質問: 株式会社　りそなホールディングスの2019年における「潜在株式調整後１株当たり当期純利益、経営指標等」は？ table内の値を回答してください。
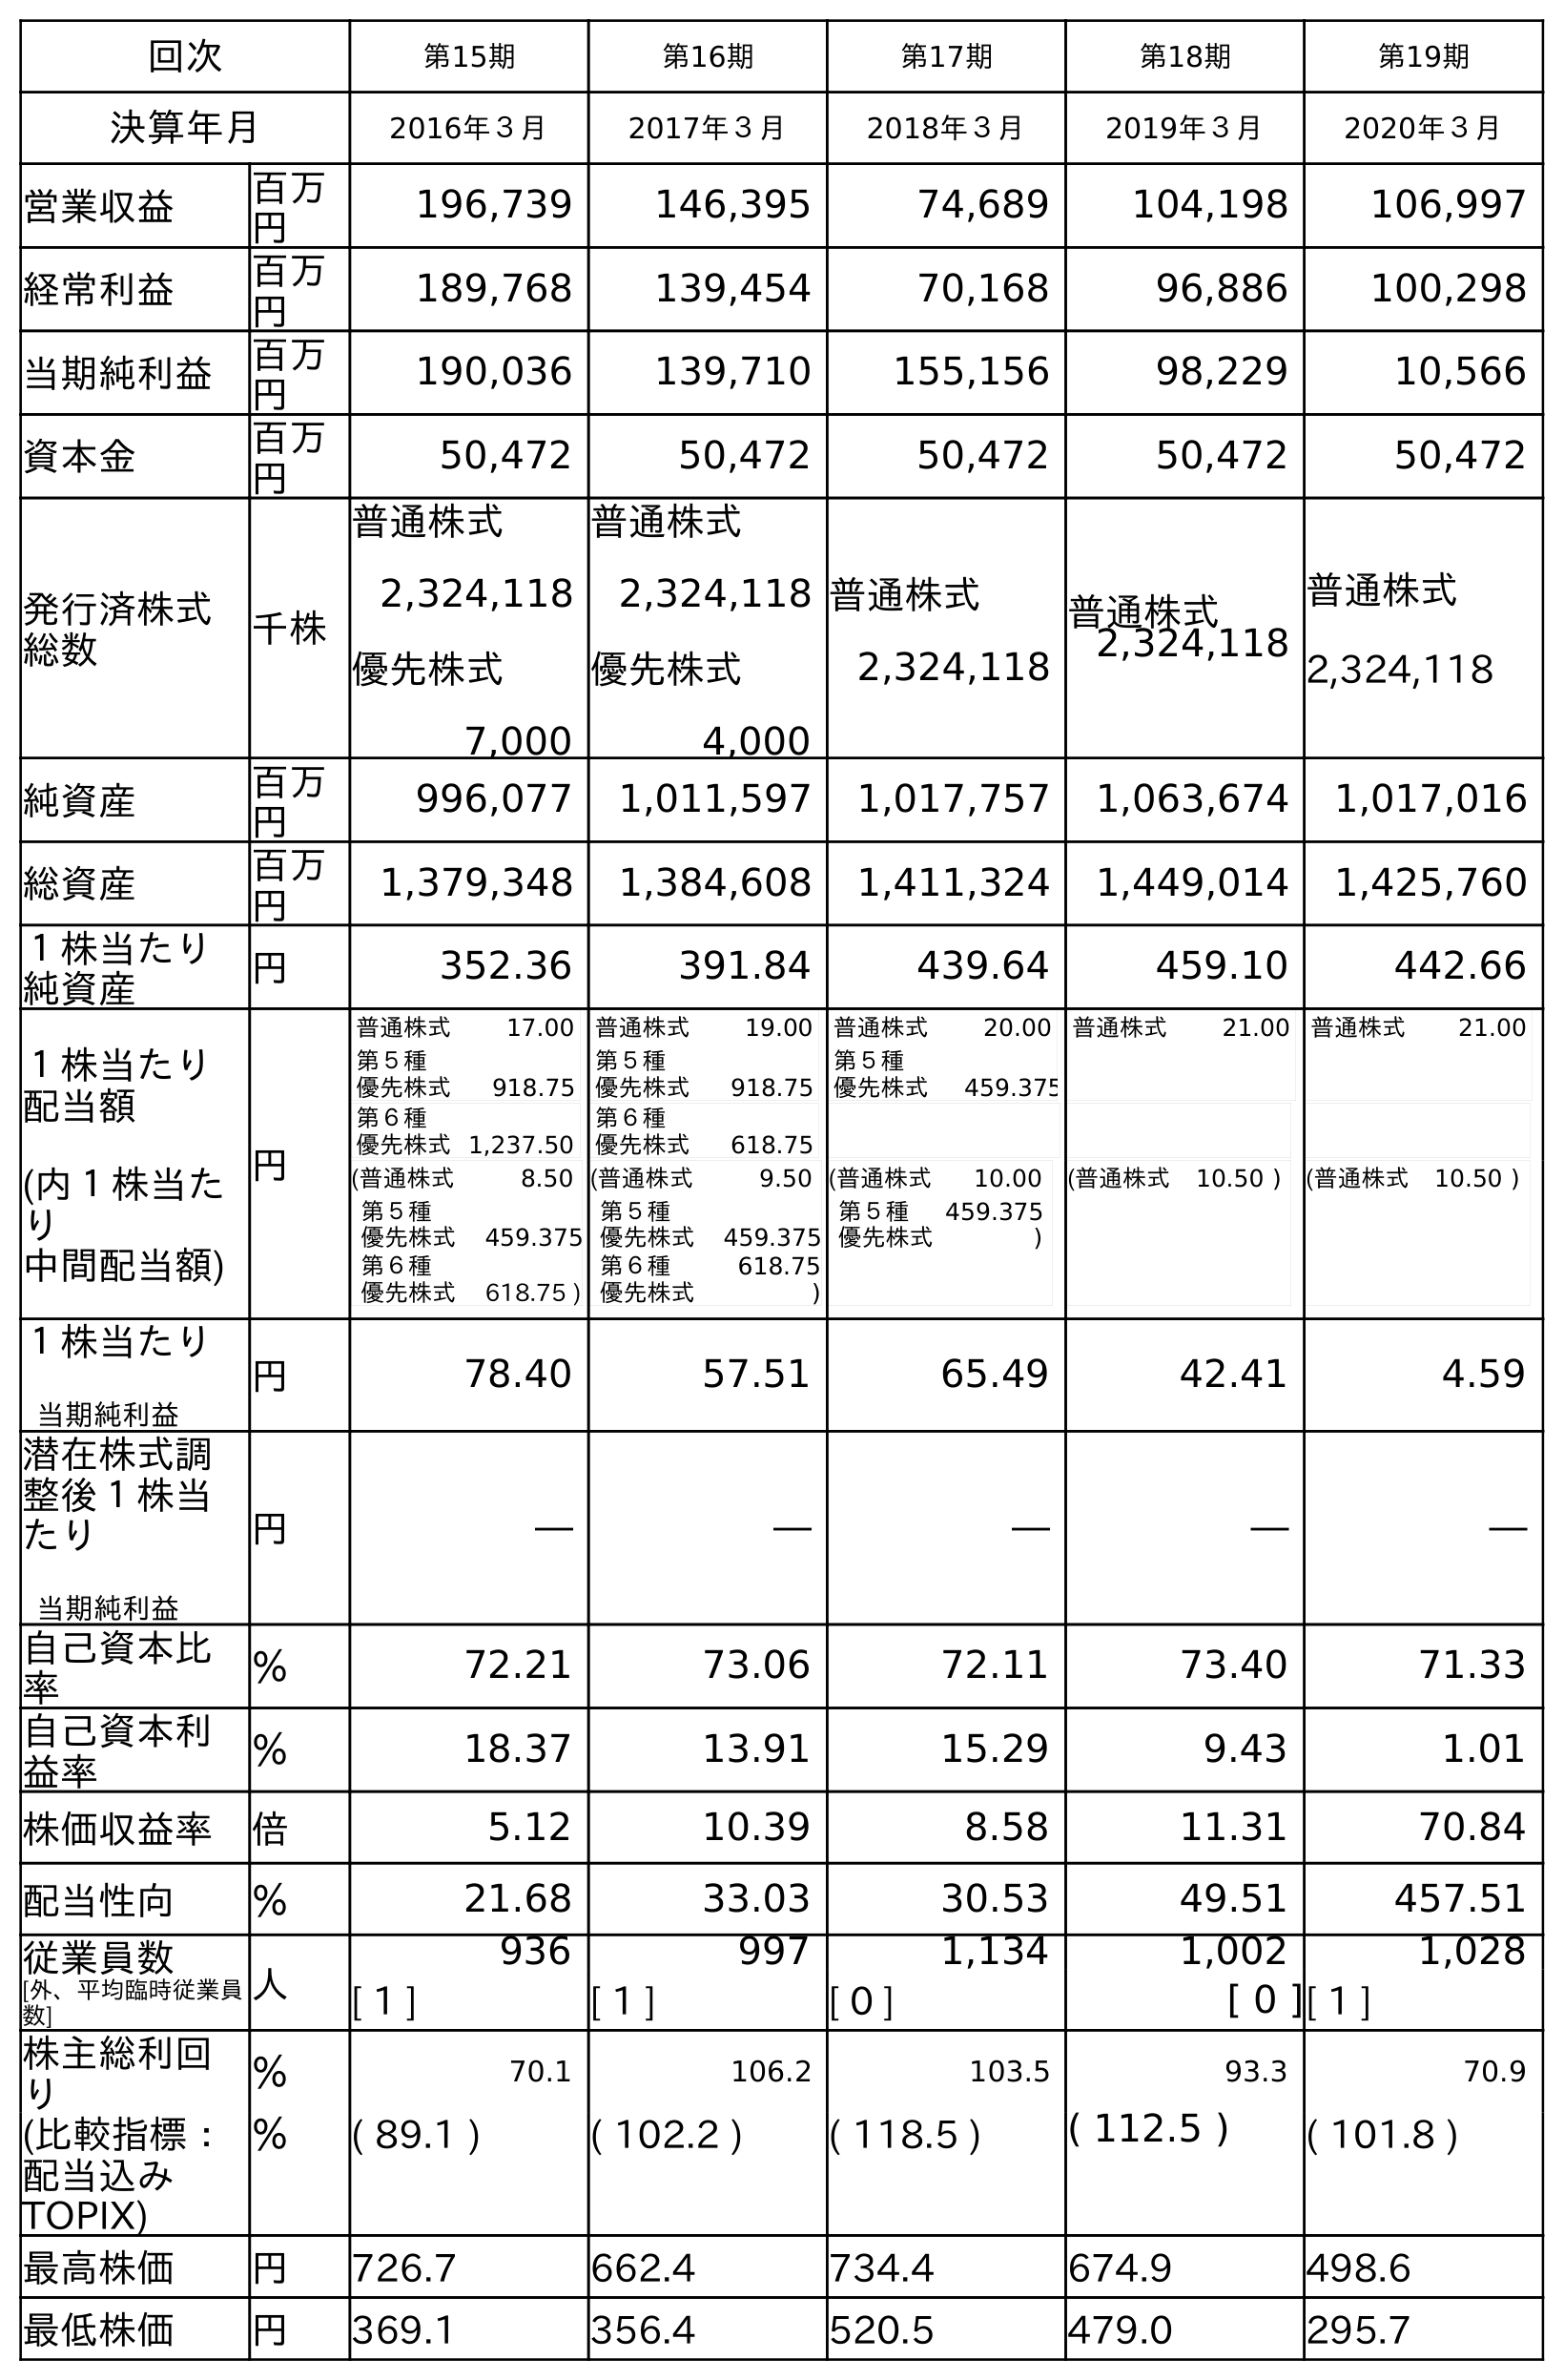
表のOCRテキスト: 回次 第15期 第16期 第17期 第18期 第19期 決算年月 2016年３月 2017年３月 2018年３月 2019年３月 2020年３月 営業収益 百万 円 196,739 146,395 74,689 104,198 106,997 経常利益 百万 円 189,768 139,454 70,168 96,886 100,298 当期純利益 百万 円 190,036 139,710 155,156 98,229 10,566 資本金 百万 円 50,472 50,472 50,472 50,472 50,472 発行済株式 総数 千株 普通株式 2,324,118 優先株式 7,000 普通株式 2,324,118 優先株式 4,000 普通株式 2,324,118 普通株式 2,324,118 普通株式 2,324,118 純資産 百万 円 996,077 1,011,597 1,017,757 1,063,674 1,017,016 総資産 百万 円 1,379,348 1,384,608 1,411,324 1,449,014 1,425,760 １株当たり 純資産 円 352.36 391.84 439.64 459.10 442.66 １株当たり 配当額 (内１株当た り 中間配当額) 円 普通株式 17.00 第５種 優先株式 918.75 第６種 優先株式1,237.50 普通株式 19.00 第５種 優先株式 918.75 第６種 優先株式 618.75 普通株式 20.00 第５種 優先株式 459.375 普通株式 21.00 普通株式 21.00 (普通株式 8.50 第５種 優先株式 459.375 第６種 優先株式 618.75 ) (普通株式 9.50 第５種 優先株式 459.375 第６種 優先株式 618.75 ) (普通株式 10.00 第５種 優先株式 459.375 ) (普通株式 10.50 ) (普通株式 10.50 ) １株当たり 当期純利益 円 78.40 57.51 65.49 42.41 4.59 潜在株式調 整後１株当 たり 当期純利益 円 ― ― ― ― ― 自己資本比 率 ％ 72.21 73.06 72.11 73.40 71.33 自己資本利 益率 ％ 18.37 13.91 15.29 9.43 1.01 株価収益率 倍 5.12 10.39 8.58 11.31 70.84 配当性向 ％ 21.68 33.03 30.53 49.51 457.51 従業員数 [外、平均臨時従業員 数] 人 936 997 1,134 1,002 1,028 [ 1 ] [ 1 ] [ 0 ] [ 0 ][ 1 ] 株主総利回 り ％ 70.1 106.2 103.5 93.3 70.9 (比較指標： 配当込み TOPIX) ％ ( 89.1 ) ( 102.2 ) ( 118.5 ) ( 112.5 ) ( 101.8 ) 最高株価 円 726.7 662.4 734.4 674.9 498.6 最低株価 円 369.1 356.4 520.5 479.0 295.7
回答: ―